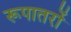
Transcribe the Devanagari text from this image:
रूपातरों